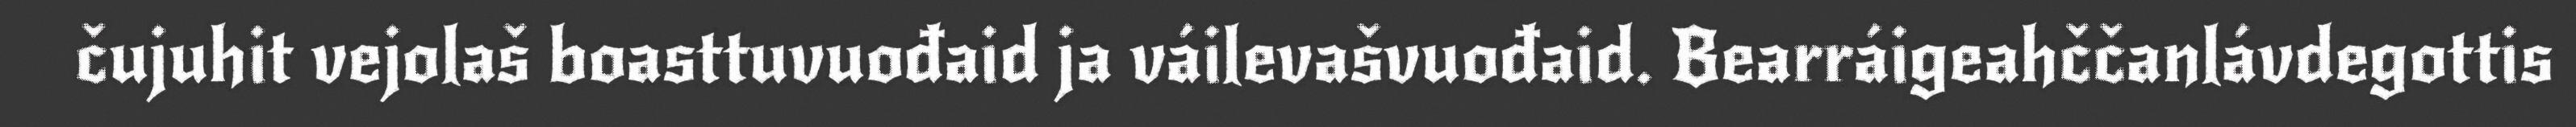
čujuhit vejolaš boasttuvuođaid ja váilevašvuođaid. Bearráigeahččanlávdegottis